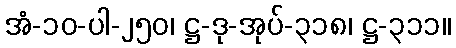
အံ-၁၀-ပါ-၂၅၀၊ ဋ္ဌ-ဒု-အုပ်-၃၁၈၊ ဋ္ဌ-၃၁၁။